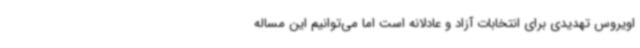
اویروس تهدیدی برای انتخابات آزاد و عادلانه است اما می‌توانیم این مساله